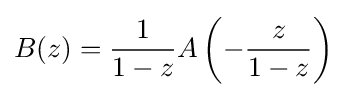
B(z)={\frac {1}{1-z}}A\left(-{\frac {z}{1-z}}\right)